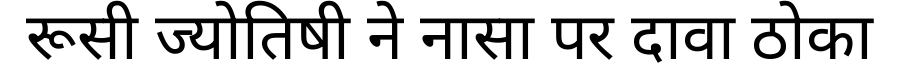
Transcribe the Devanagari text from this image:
रूसी ज्योतिषी ने नासा पर दावा ठोका